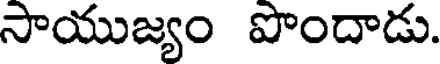
సాయుజ్యం పొందాడు.